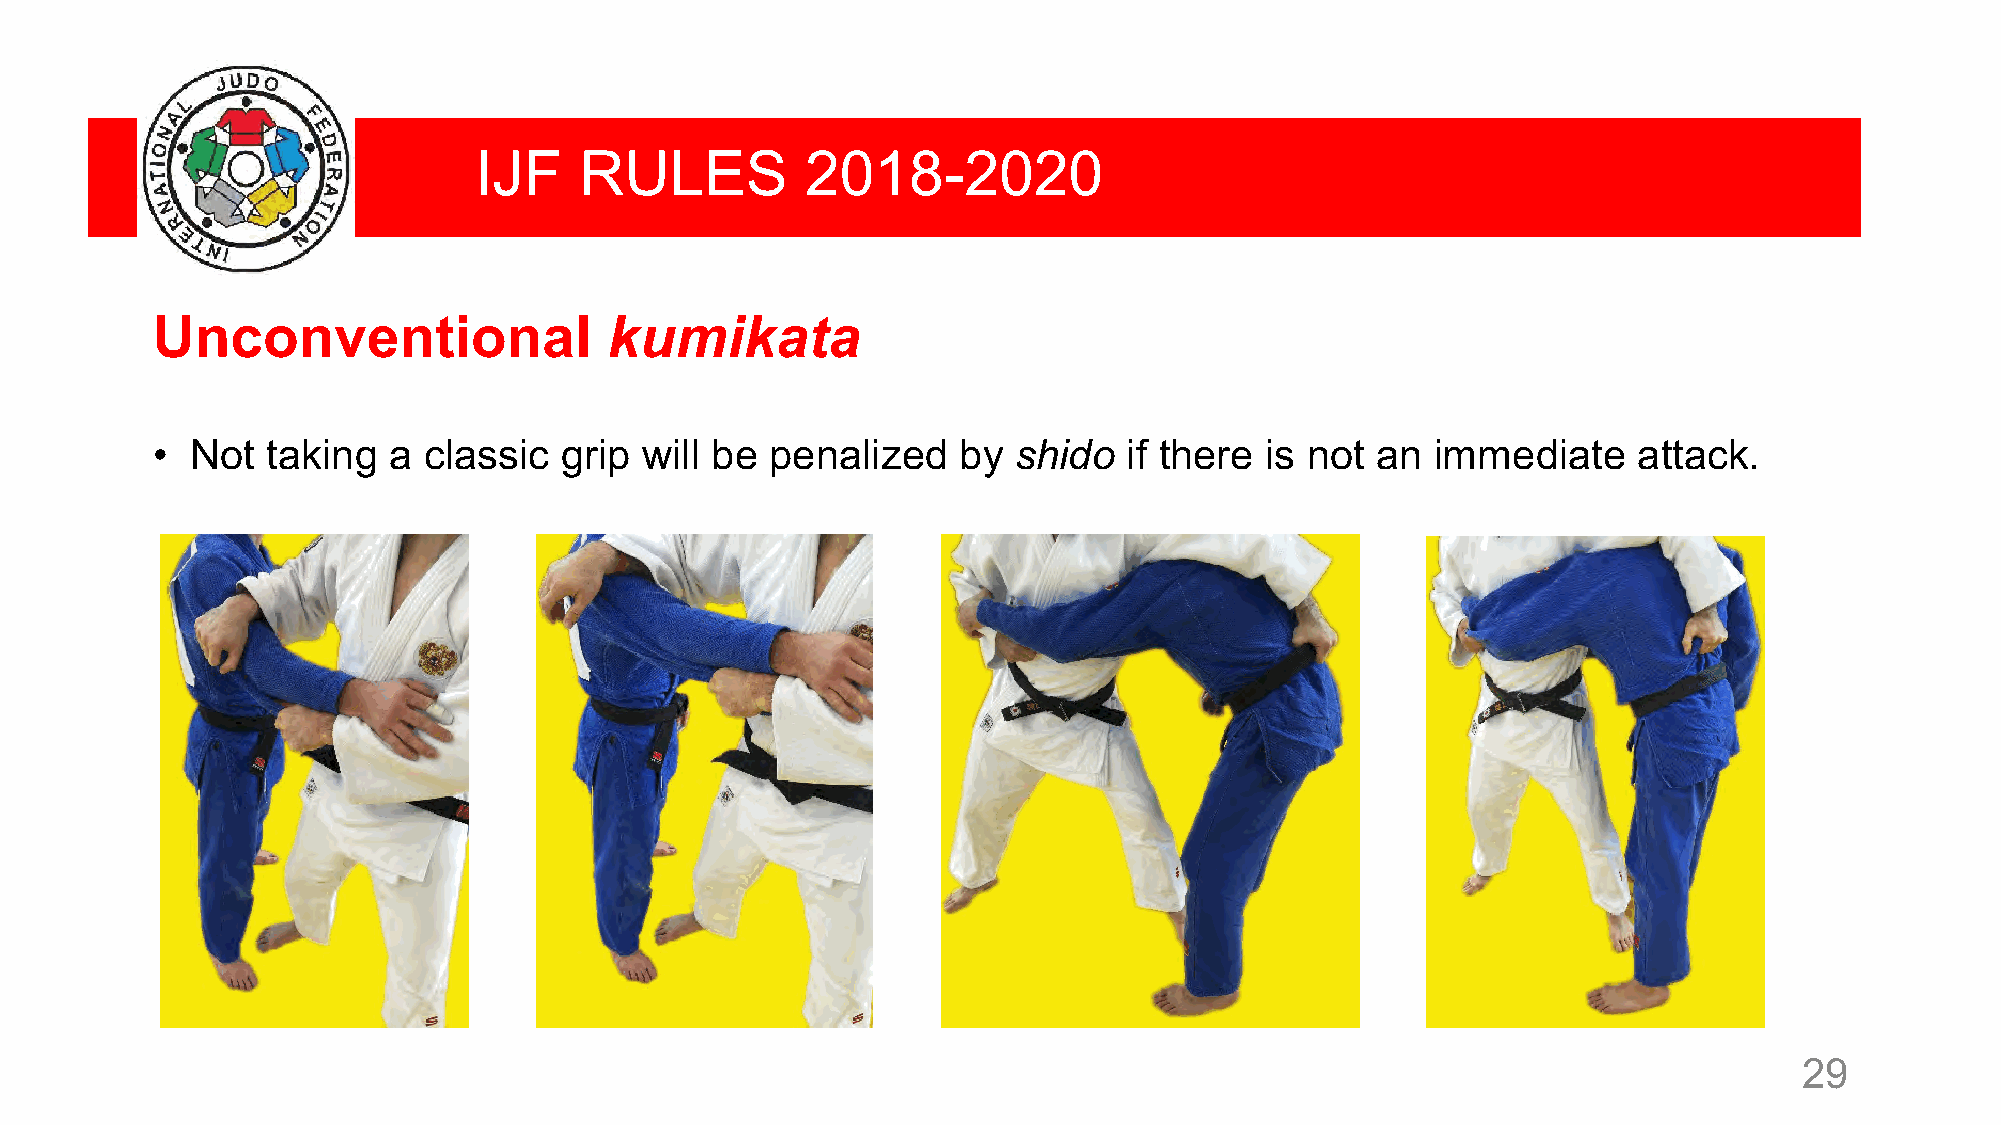
IJF    RULES          2018-2020
 Unconventional                kumikata
 •  Not  taking  a classic  grip will be  penalized   by  shido   if there is not an  immediate    attack.
 29